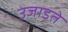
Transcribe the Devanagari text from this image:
उजाडते